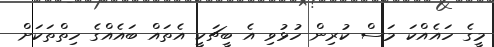
މީގެ ހައެއްކަ މަސް ކުރިން ހުޅުވި އެ ބީޗަކީ އެތައް ބައެއްގެ ހިތްތަކަށް